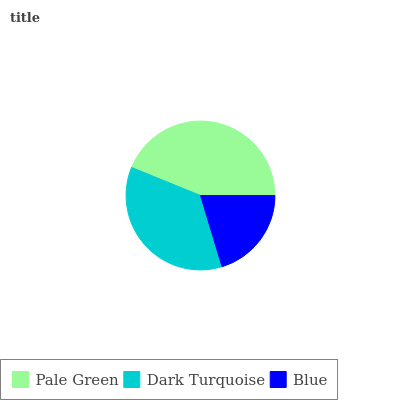
| Pale Green | Dark Turquoise | Blue |
 | --- | --- | --- |
 | 43.9% | 35.8% | 20.3% |